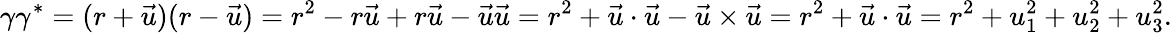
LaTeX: \gamma\gamma^{*}=(r+{\vec{u}})(r-{\vec{u}})=r^{2}-r{\vec{u}}+r{\vec{u}}-{\vec{u}}{\vec{u}}=r^{2}+{\vec{u}}\cdot{\vec{u}}-{\vec{u}}\times{\vec{u}}=r^{2}+{\vec{u}}\cdot{\vec{u}}=r^{2}+u_{1}^{2}+u_{2}^{2}+u_{3}^{2}.